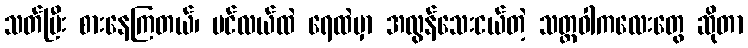
သတ်ပြီး စားနေကြတယ်၊ ပင်လယ်ထဲ ရေထဲမှာ အလွန်သေးငယ်တဲ့ သတ္တဝါကလေးတွေ ဆိုတာ